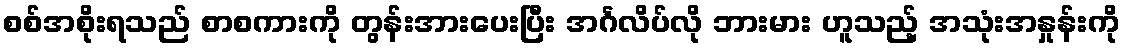
စစ်အစိုးရသည် စာစကားကို တွန်းအားပေးပြီး အင်္ဂလိပ်လို ဘားမား ဟူသည့် အသုံးအနှုန်းကို